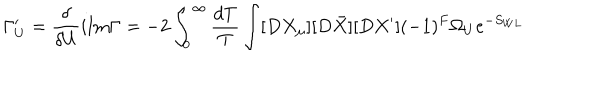
\Gamma _ { U } ^ { \prime } = \frac { \delta } { \delta U } i \mathrm { I m } \Gamma = - 2 \int _ { 0 } ^ { \infty } \frac { d T } { T } \int [ D X _ { \mu } ] [ D \bar { X } ] [ D X ^ { \prime } ] ( - 1 ) ^ { F } \Omega _ { U } e ^ { - S _ { W L } }